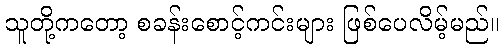
သူတို့ကတော့ စခန်းစောင့်ကင်းများ ဖြစ်ပေလိမ့်မည်။